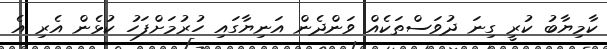
ކާމިޔާބު ކުރީ ގިނަ ދުވަސްތަކެއް ވަންދެން އަނިޔާގައި ހުރުމަށްފަހު ކުޅެން އެރި އެ